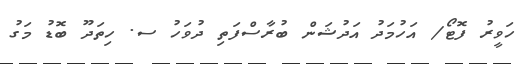
ހަވީރު ފޮޓޯ/ އަހުމަދު އަދުޝަން ބުރާސްފަތި ދުވަހު ސ. ހިތަދޫ ބޮޑު މަގު